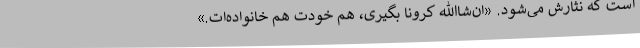
است که نثارش می‌شود. «ان‌شاالله کرونا بگیری، هم خودت هم خانواده‌ات.»